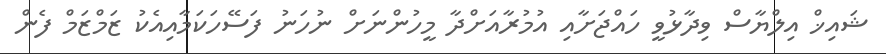
ޝައިޚް އިލްޔާސް ވިދާޅުވީ ހައްޖަށާއި އުމުރާއަށްދާ މީހުންނަށް ނުހަނު ފަސޭހަކަމާއިއެކު ޒަމްޒަމް ފެން